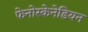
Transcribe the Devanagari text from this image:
फेनोस्केनेडियन